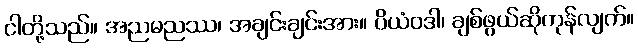
ငါတို့သည်။ အညမညဿ၊ အချင်းချင်းအား။ ပိယံဝဒါ၊ ချစ်ဖွယ်ဆိုကုန်လျက်။